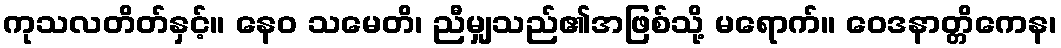
ကုသလတိတ်နှင့်။ နေဝ သမေတိ၊ ညီမျှသည်၏အဖြစ်သို့ မရောက်။ ဝေဒနာတ္တိကေန၊